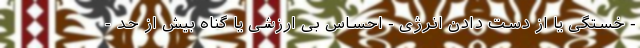
- خستگی یا از دست دادن انرژی - احساس بی ارزشی یا گناه بیش از حد -